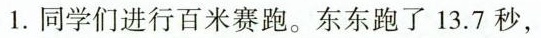
1.同学们进行百米赛跑。东东跑了13.7秒，